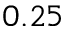
0 . 2 5